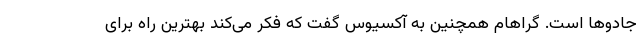
جادوها است. گراهام همچنین به آکسیوس گفت که فکر می‌کند بهترین راه برای